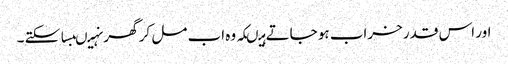
اور اس قدر خراب ہو جاتے ہیںکہ وہ اب مل کر گھر نہیںبسا سکتے ۔